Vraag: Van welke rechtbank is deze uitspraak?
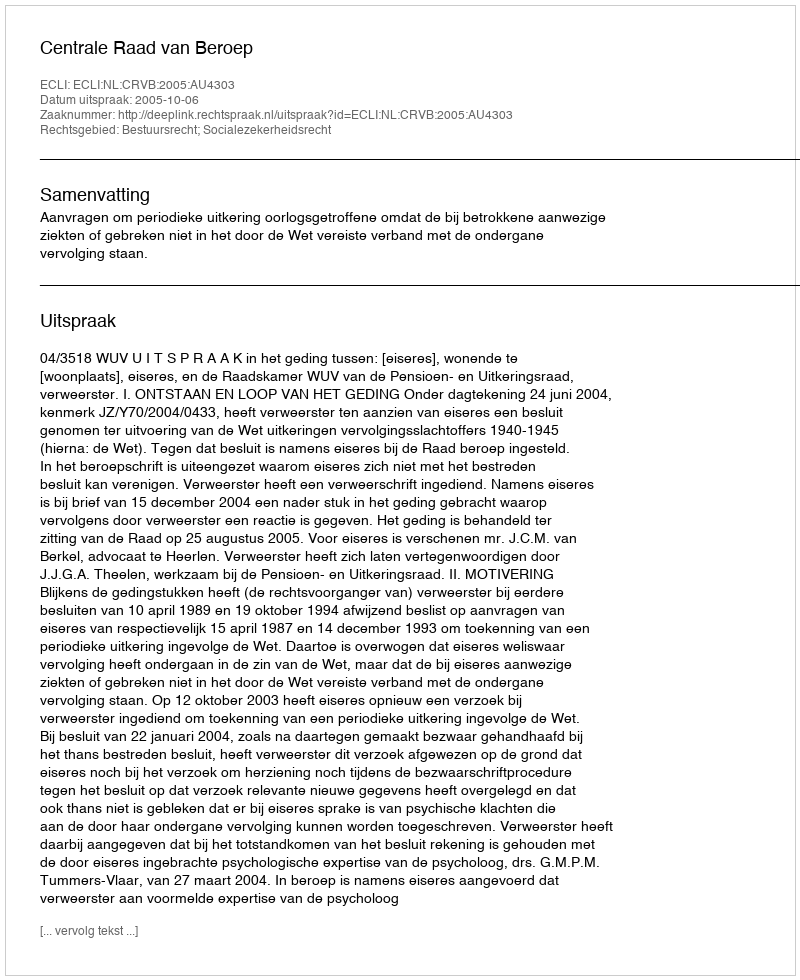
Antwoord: Centrale Raad van Beroep